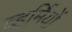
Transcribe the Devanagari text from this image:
व्हर्मियों